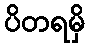
ပိတရမှိ